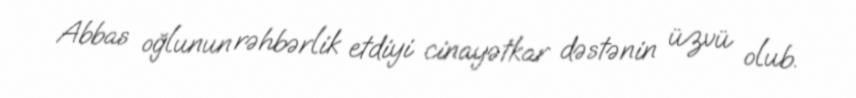
Abbas oğlunun rəhbərlik etdiyi cinayətkar dəstənin üzvü olub.